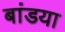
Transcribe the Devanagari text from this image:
बांडया